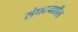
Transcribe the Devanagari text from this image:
संघटनशील